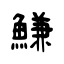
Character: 鰜